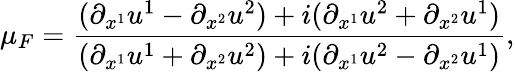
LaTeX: \mu_{F}=\frac{(\partial_{x^{1}}u^{1}-\partial_{x^{2}}u^{2})+i(\partial_{x^{1}}u^{2}+\partial_{x^{2}}u^{1})}{(\partial_{x^{1}}u^{1}+\partial_{x^{2}}u^{2})+i(\partial_{x^{1}}u^{2}-\partial_{x^{2}}u^{1})},